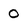
Character: o